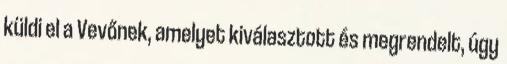
küldi el a Vevőnek, amelyet kiválasztott és megrendelt, úgy